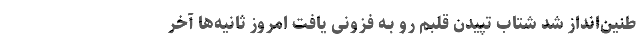
طنین‌انداز شد شتاب تپیدن قلبم رو بـه فزونی یافت امروز ثانیه‌ها آخر